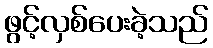
ဖွင့်လှစ်ပေးခဲ့သည်